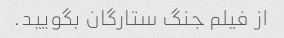
از فیلم جنگ ستارگان بگویید.